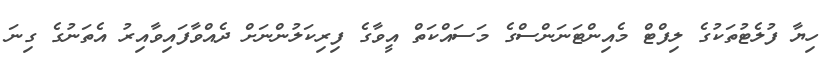
ހިޔާ ފުލެޓުތަކުގެ ލިފްޓް މެއިންޓަނަންސްގެ މަސައްކަތް އީވާގެ ފިރިކަލުންނަށް ދެއްވާފައިވާއިރު އެތަނުގެ ގިނަ